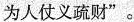
为人仗义疏财”。